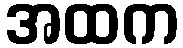
အထက